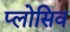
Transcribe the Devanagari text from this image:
प्लोसिव